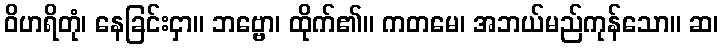
ဝိဟရိတုံ၊ နေခြင်းငှာ။ ဘဗ္ဗော၊ ထိုက်၏။ ကတမေ၊ အဘယ်မည်ကုန်သော။ ဆ၊